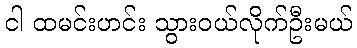
ငါ ထမင်းဟင်း သွားဝယ်လိုက်ဦးမယ်